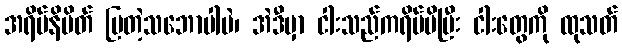
အရိပ်နိမိတ် ပြတဲ့သဘောပါပဲ၊ အဲဒီမှာ ငါးသည်ကရိပ်မိပြီး ငါးတွေကို ထုသတ်